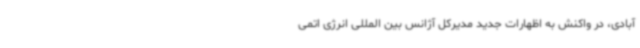
آبادی، در واکنش به اظهارات جدید مدیرکل آژانس بین المللی انرژی اتمی